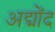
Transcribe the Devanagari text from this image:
अद्मोंद